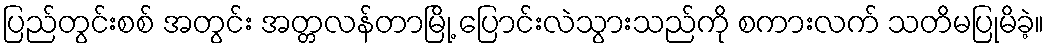
ပြည်တွင်းစစ် အတွင်း အတ္တလန်တာမြို့ ပြောင်းလဲသွားသည်ကို စကားလက် သတိမပြုမိခဲ့။